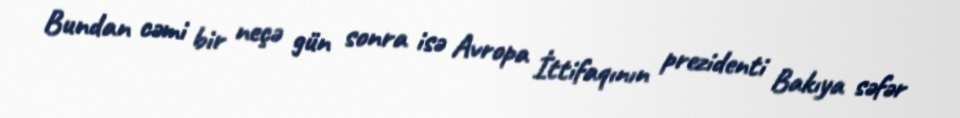
Bundan cəmi bir neçə gün sonra isə Avropa İttifaqının prezidenti Bakıya səfər